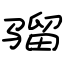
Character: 骝